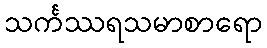
သင်္ကဿရသမာစာရော